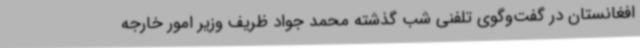
افغانستان در گفت‌وگوی تلفنی شب گذشته محمد جواد ظریف وزیر امور خارجه